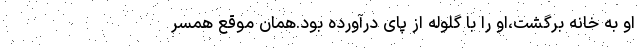
او به خانه برگشت،او را با گلوله از پای درآورده بود.همان موقع همسر